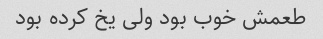
طعمش خوب بود ولی یخ کرده بود